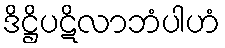
ဒိဋ္ဌိပဋိလာဘံပါဟံ